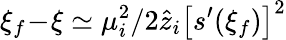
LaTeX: \xi_{f}\! -\! \xi\simeq\mu_{i}^{2}/2\hat{z}_{i}\left[s^{\prime}(\xi_{f})\right]^{2}